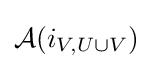
{\mathcal {A}}(i_{V,U\cup V})